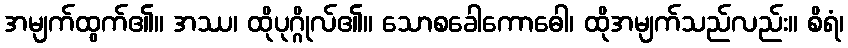
အမျက်ထွက်၏။ အဿ၊ ထိုပုဂ္ဂိုလ်၏။ သောစခေါကောဓေါ၊ ထိုအမျက်သည်လည်း။ စိရံ၊